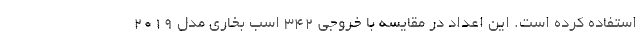
استفاده کرده است. این اعداد در مقایسه با خروجی 342 اسب بخاری مدل 2019